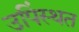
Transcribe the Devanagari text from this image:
उपिंस्थत